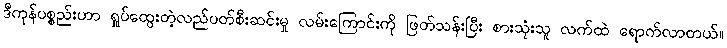
ဒီကုန်ပစ္စည်းဟာ ရှုပ်ထွေးတဲ့လည်ပတ်စီးဆင်းမှု လမ်းကြောင်းကို ဖြတ်သန်းပြီး စားသုံးသူ လက်ထဲ ရောက်လာတယ်။